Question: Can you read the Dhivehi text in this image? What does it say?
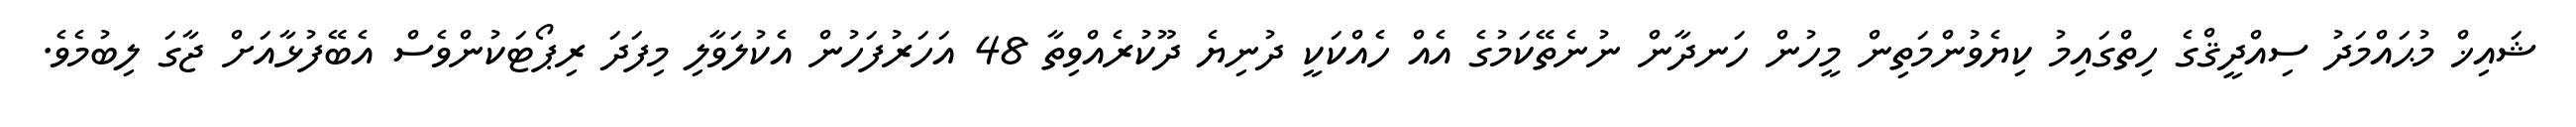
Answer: ޝައިޚް މުޙައްމަދު ސިއްދީޤްގެ ހިތްގައިމު ކިޔެވުންމަތިން މީހުން ހަނދާން ނުނެތޭކަމުގެ އެއް ހެއްކަކީ ދުނިޔެ ދޫކުރެއްވިތާ 48 އަހަރުފަހުން އެކުލަވާލި މިފަދަ ރިޕޯޓަކުންވެސް އެބޭފުޅާއަށް ޖާގަ ލިބުމެވެ.